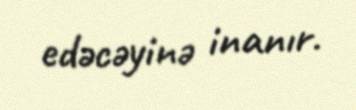
edəcəyinə inanır.